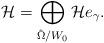
LaTeX: \begin{align*} \mathcal{H}=\bigoplus_{\hat{\Omega}/W_0}\mathcal{H}e_{\gamma}.\end{align*}